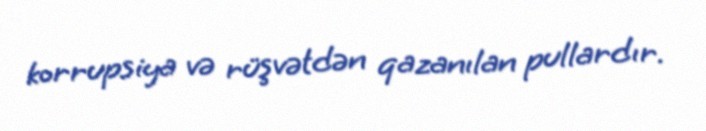
korrupsiya və rüşvətdən qazanılan pullardır.